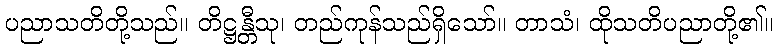
ပညာသတိတို့သည်။ တိဋ္ဌန္တီသု၊ တည်ကုန်သည်ရှိသော်။ တာသံ၊ ထိုသတိပညာတို့၏။